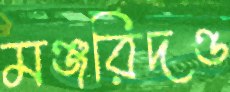
মঞ্জরিদণ্ড